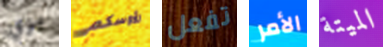
بزي رؤوسكم تفعل الأمر الميتة